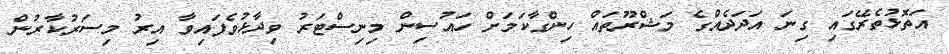
އަތޮޅުތެރޭގައި ގިނަ އަދަދެއްގެ މަޝްރޫތައް ހިންގާކަމަށް ހައުސިން މިނިސްޓަރު ވިދާޅުވެފައިވާ އިރު މިސަރުކާރުން